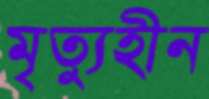
মৃত্যুহীন